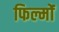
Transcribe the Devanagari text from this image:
फिल्मोंं